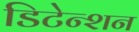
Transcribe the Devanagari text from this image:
डिटेन्शन